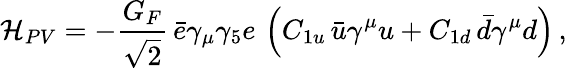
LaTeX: {\cal H}_{PV}=-\frac{G_{F}}{\sqrt{2}}\, \bar{e}\gamma_{\mu}\gamma_{5}e\, \left(C_{1u}\, \bar{u}\gamma^{\mu}u+C_{1d}\, \bar{d}\gamma^{\mu}d\right)\, ,